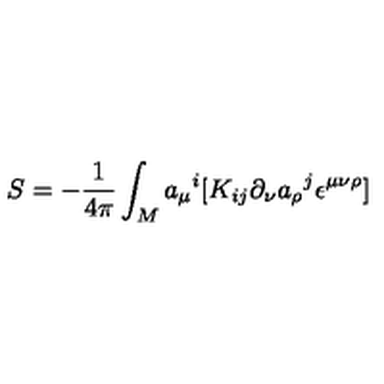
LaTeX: S = - { \frac { 1 } { 4 \pi } } \int _ { M } { a _ { \mu } } ^ { i } [ K _ { i j } \partial _ { \nu } { a _ { \rho } } ^ { j } \epsilon ^ { \mu \nu \rho } ]